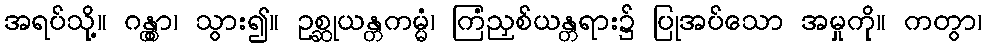
အရပ်သို့။ ဂန္တွာ၊ သွား၍။ ဥစ္ဆုယန္တကမ္မံ၊ ကြံညှစ်ယန္တရား၌ ပြုအပ်သော အမှုကို။ ကတွာ၊